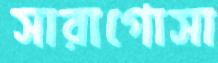
সারাগোসা